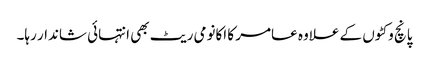
پانچ وکٹوں کے علاوہ عامر کا اکانومی ریٹ بھی انتہائی شاندار رہا۔